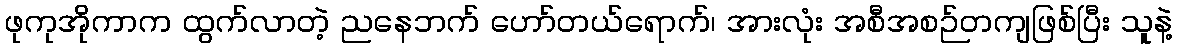
ဖုကုအိုကာက ထွက်လာတဲ့ ညနေဘက် ဟော်တယ်ရောက်၊ အားလုံး အစီအစဉ်တကျဖြစ်ပြီး သူနဲ့